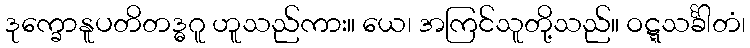
ဒုက္ခောနူပတိတဒ္ဓဂူ ဟူသည်ကား။ ယေ၊ အကြင်သူတို့သည်။ ဝဋ္ဋသင်္ခါတံ၊